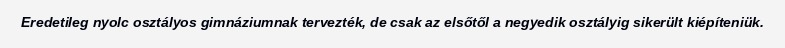
Eredetileg nyolc osztályos gimnáziumnak tervezték, de csak az elsőtől a negyedik osztályig sikerült kiépíteniük.